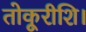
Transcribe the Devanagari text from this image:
तोकूरीशि।